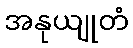
အနုယျုတံ